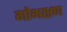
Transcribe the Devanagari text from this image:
गोभक्षण